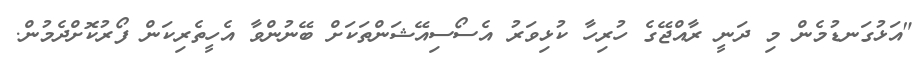
"އަޅުގަނޑުމެން މި ދަނީ ރާއްޖޭގެ ހުރިހާ ކުޅިވަރު އެސޯސިއޭޝަންތަކަށް ބޭނުންވާ އެހީތެރިކަން ފޯރުކޮށްދެމުން.